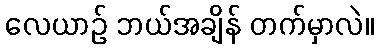
လေယာဉ် ဘယ်အချိန် တက်မှာလဲ။